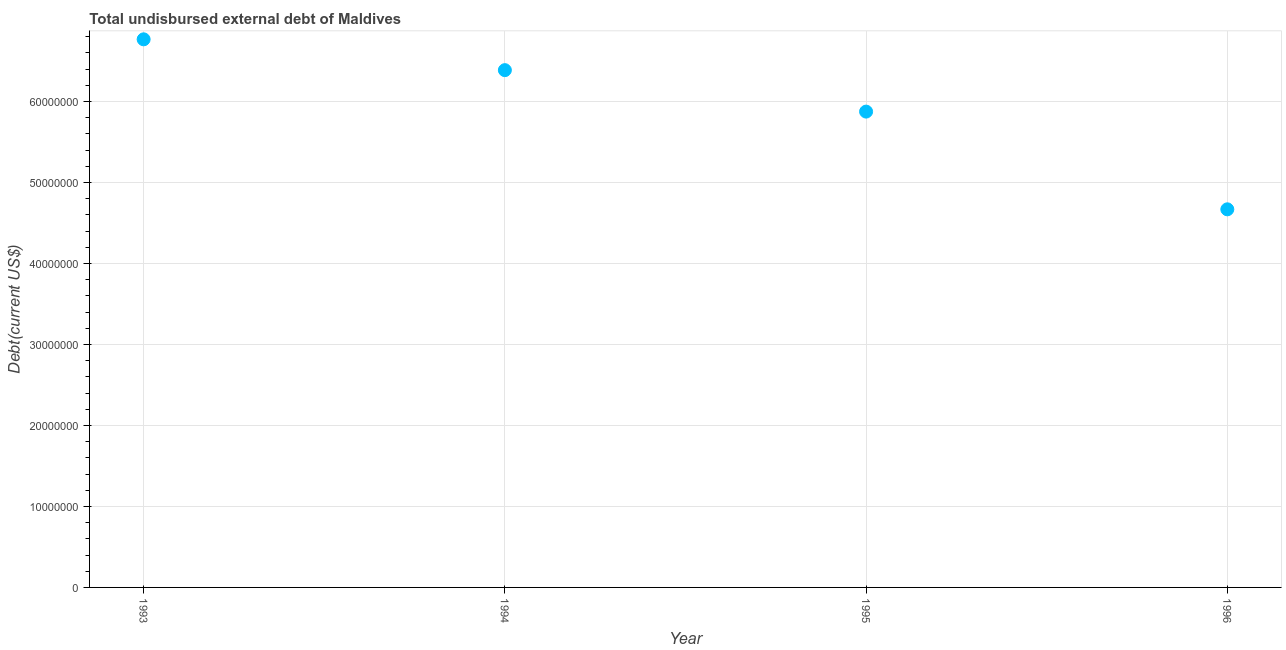
| Year | Total debt |
 | --- | --- |
 | 1993 | 6.77e+07 |
 | 1994 | 6.39e+07 |
 | 1995 | 5.87e+07 |
 | 1996 | 4.67e+07 |